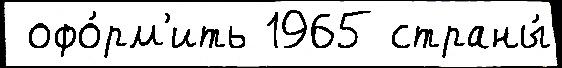
 офо́рм'ить 1965 страны́